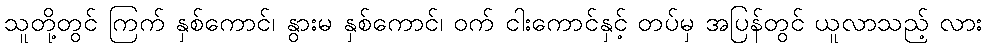
သူတို့တွင် ကြက် နှစ်ကောင်၊ နွားမ နှစ်ကောင်၊ ဝက် ငါးကောင်နှင့် တပ်မှ အပြန်တွင် ယူလာသည့် လား